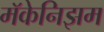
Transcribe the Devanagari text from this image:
मॅकेनिझम